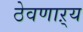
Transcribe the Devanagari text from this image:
ठेवणाऱ्य